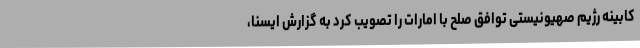
کابینه رژیم صهیونیستی توافق صلح با امارات را تصویب کرد به گزارش ایسنا،